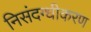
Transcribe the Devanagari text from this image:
निसंदग्धीकरण